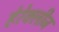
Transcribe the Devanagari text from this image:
हेरेक्लीज